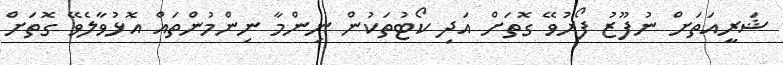
ޝަރީއަތަށް ނުފޫޒު ފޯރުވޭ ގޮތަށް އަދި ކޯޓުތަކުން ނިންމާ ނިންމުންތައް އޮޅުވާލެވޭ ގޮތަށް